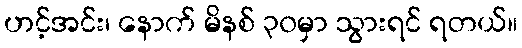
ဟင့်အင်း၊ နောက် မိနစ် ၃၀မှာ သွားရင် ရတယ်။